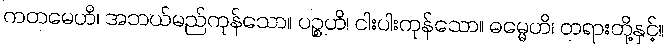
ကတမေဟိ၊ အဘယ်မည်ကုန်သော။ ပဉ္စဟိ၊ ငါးပါးကုန်သော။ ဓမ္မေဟိ၊ တရားတို့နှင့်။